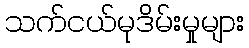
သက်ငယ်မုဒိမ်းမှုများ